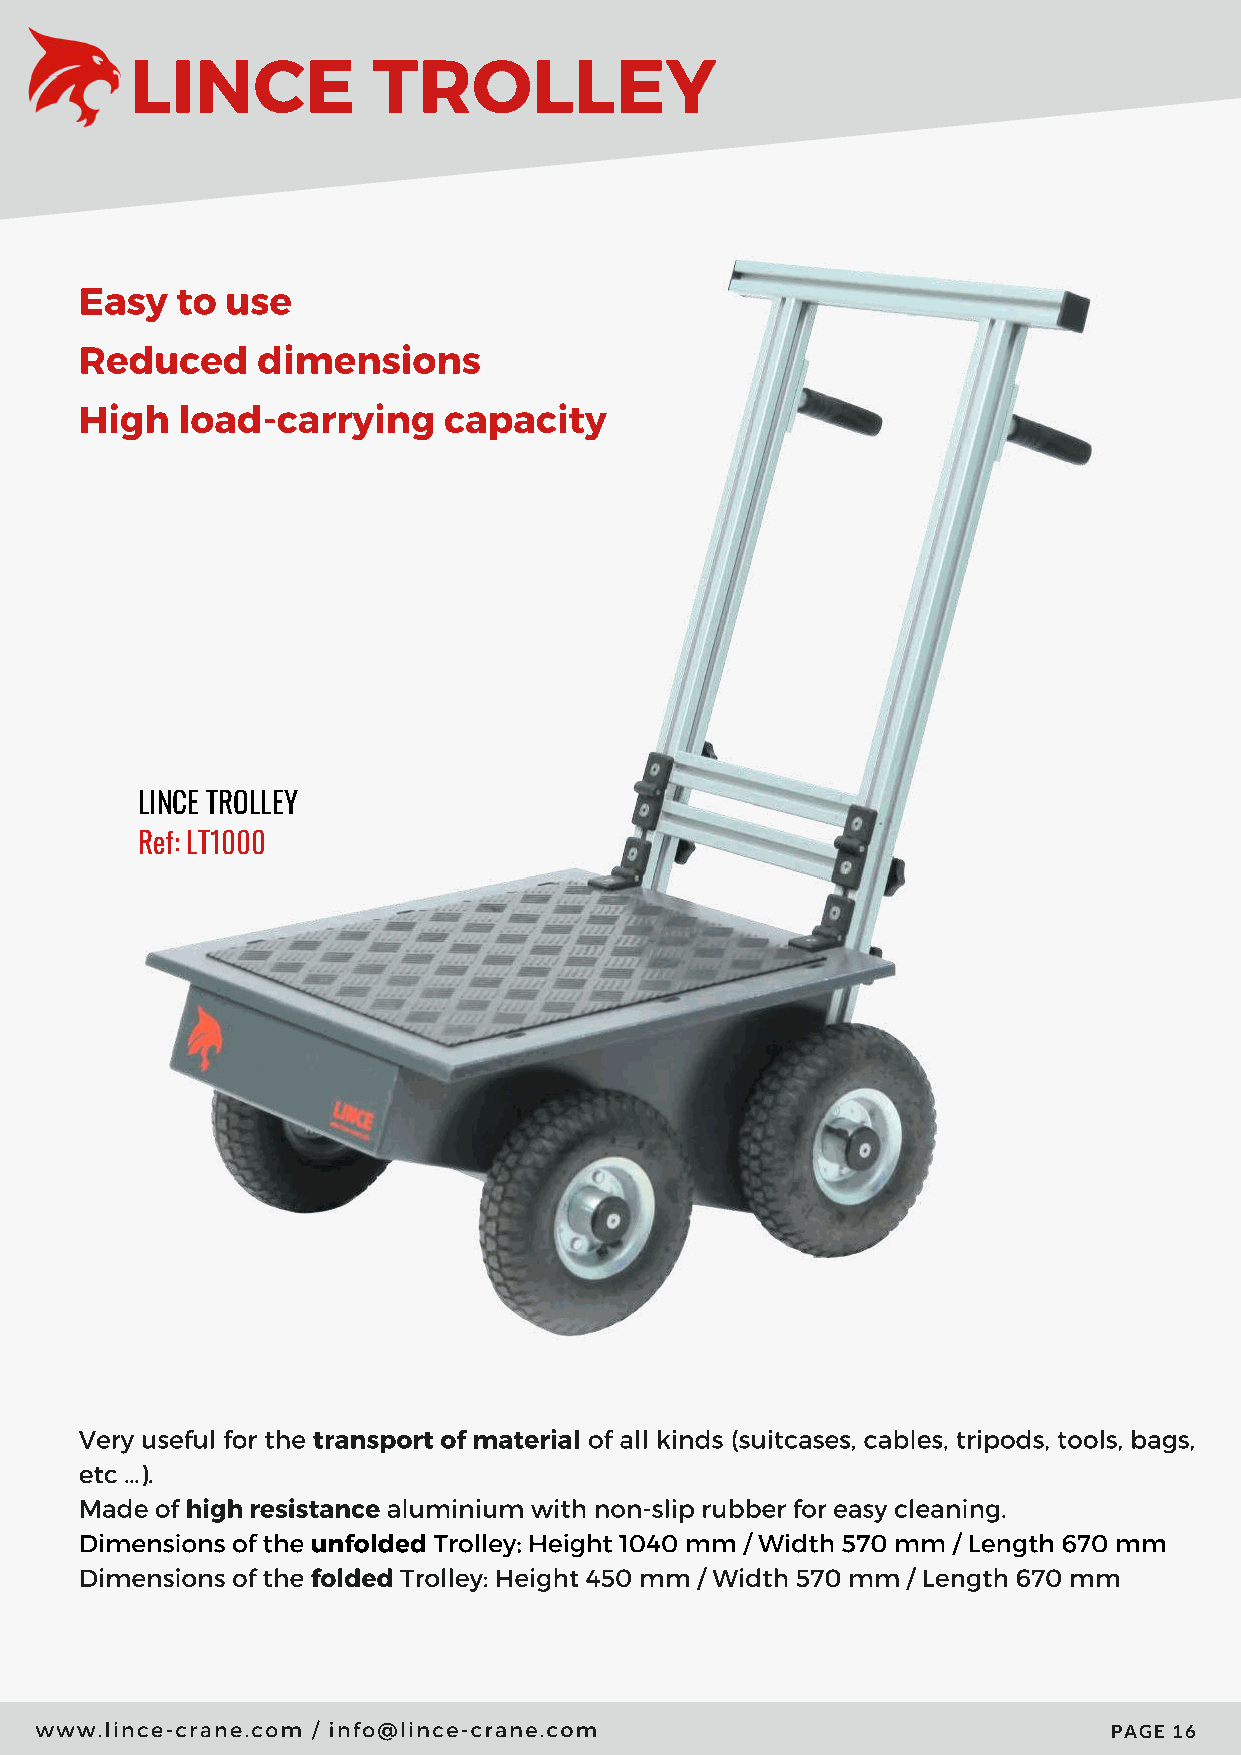
LINCE           TROLLEY
 Easy   to use
 Reduced     dimensions
 High   load-carrying    capacity
 LINCE TROLLEY
 Ref: LT1000
 Very useful for the transport of material of all kinds (suitcases, cables, tripods, tools, bags,
 etc …).
 Made of high resistance aluminium with non-slip rubber for easy cleaning.
 Dimensions of the unfolded Trolley: Height 1040 mm / Width 570 mm / Length 670 mm
 Dimensions of the folded Trolley: Height 450 mm / Width 570 mm / Length 670 mm
 www.lince-crane.com / info@lince-crane.com
 PAGE 16